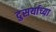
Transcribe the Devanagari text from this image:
दुसर्याच्या